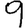
Digit: 9